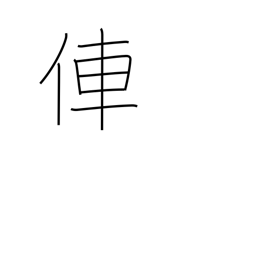
Meaning: rickshaw